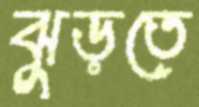
ঝুড়তে